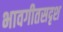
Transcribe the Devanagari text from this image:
भावगीतसदृश